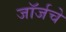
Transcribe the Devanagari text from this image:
जॉर्जचे